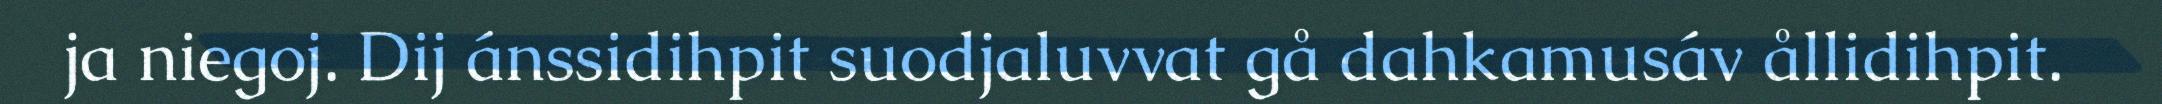
ja niegoj. Dij ánssidihpit suodjaluvvat gå dahkamusáv ållidihpit.